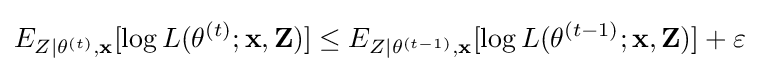
E_{Z\mid \theta ^{(t)},\mathbf {x} }[\log L(\theta ^{(t)};\mathbf {x} ,\mathbf {Z} )]\leq E_{Z\mid \theta ^{(t-1)},\mathbf {x} }[\log L(\theta ^{(t-1)};\mathbf {x} ,\mathbf {Z} )]+\varepsilon